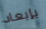
بإبعاد